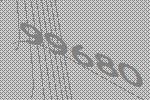
99680